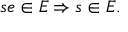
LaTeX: s e \in E \Rightarrow s \in E .